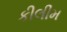
કીલીમ